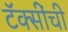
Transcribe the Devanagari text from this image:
टॅक्सींची